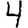
Digit: 4